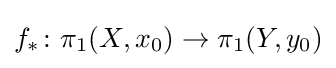
f_{*}\colon \pi _{1}(X,x_{0})\to \pi _{1}(Y,y_{0})